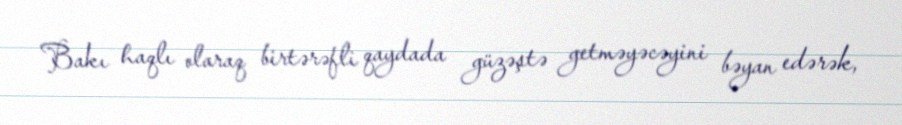
Bakı haqlı olaraq birtərəfli qaydada güzəştə getməyəcəyini bəyan edərək,